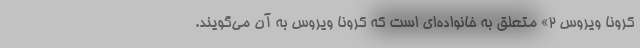
کرونا ویروس ۲» متعلق به خانواده‌ای است که کرونا ویروس به آن می‌گویند.